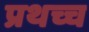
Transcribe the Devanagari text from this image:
प्रथच्च